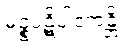
မဉ္စပဋိပါဒကန္တိ